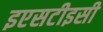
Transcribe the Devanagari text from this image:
इएसटीइसी